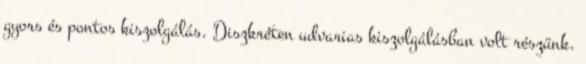
gyors és pontos kiszolgálás. Diszkréten udvarias kiszolgálásban volt részünk.